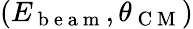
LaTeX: (E_{\mathrm{~b~e~a~m~}},\theta_{\mathrm{~C~M~}})